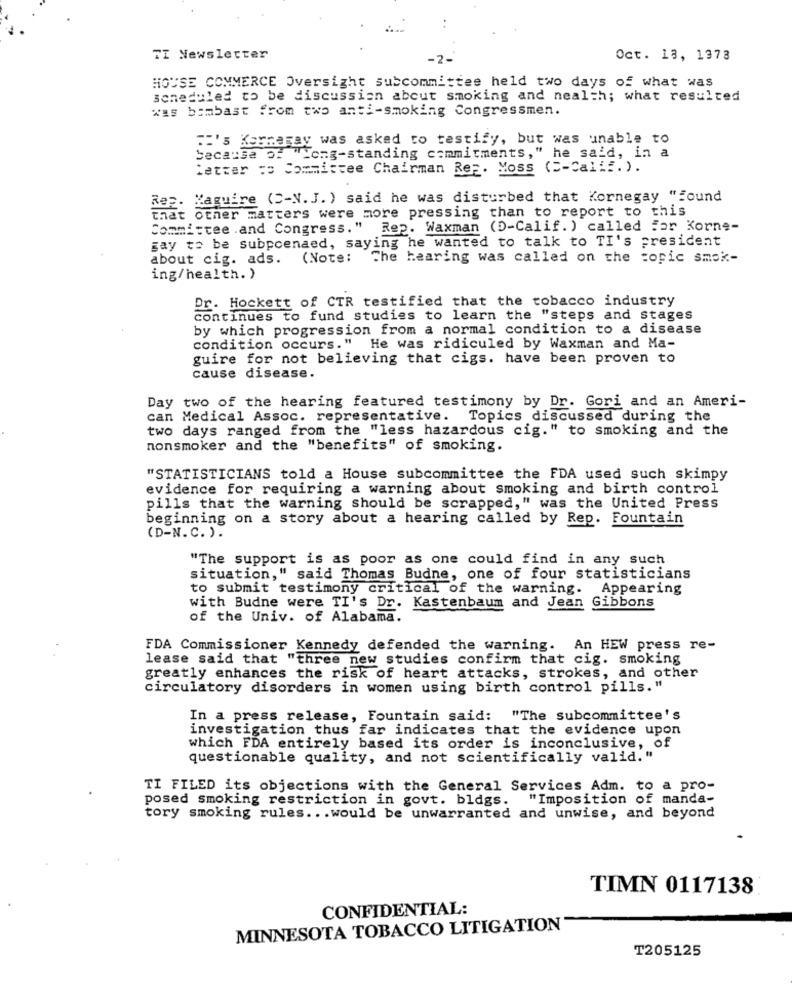
TI Newsletter
Oct. 13, 1373
HOUSE COMMERCE Oversight subcommittee held two days of what was
scheduled to be discussion about smoking and nealth; what resulted
was bombast from two anti-smoking Congressmen.
:'s Karmaray was asked to testify, but was unable to
because of "Long-standing commitments," he said, in a
Letter :o Committee Chairman Rep. Moss ( =- Calif. ).
Reg. Kaguire (C-N.J. ) said he was disturbed that Kornegay "Found
that other matters were more pressing than to report to this
Committee .and Congress." Rep. Waxman (D-Calif. ) called For Korne-
gay to be subpoenaed, saying he wanted to talk to TI's president
about cig. ads.
(Note: The hearing was called on the topic smok-
ing/health.)
Dr. Hockett of CTR testified that the tobacco industry
continues to fund studies to learn the "steps and stages
by which progression from a normal condition to a disease
condition occurs." He was ridiculed by Waxman and Ma-
guire for not believing that cigs. have been proven to
cause disease.
Day two of the hearing featured testimony by Dr. Gori and an Ameri-
can Medical Assoc. representative. Topics discussed during the
two days ranged from the "less hazardous cig." to smoking and the
nonsmoker and the "benefits" of smoking.
"STATISTICIANS told a House subcommittee the FDA used such skimpy
evidence for requiring a warning about smoking and birth control
pills that the warning should be scrapped," was the United Press
beginning on a story about a hearing called by Rep. Fountain
(D-N.C. ).
"The support is as poor as one could find in any such
situation," said Thomas Budne, one of four statisticians
to submit testimony critical of the warning.
Appearing
Gibbons
with Budne were TI's Dr. Kastenbaum and Jean
of the Univ. of Alabama.
FDA Commissioner Kennedy defended the warning. An HEW press re-
lease said that "three new studies confirm that cig. smoking
greatly enhances the risk of heart attacks, strokes, and other
circulatory disorders in women using birth control pills."
In a press release, Fountain said:
"The subcommittee's
investigation thus far indicates that the evidence upon
which FDA entirely based its order is inconclusive, of
questionable quality, and not scientifically valid."
TI FILED its objections with the General Services Adm. to a pro-
posed smoking restriction in govt. bldgs.
" Imposition of manda-
tory smoking rules ... would be unwarranted and unwise, and beyond
TIMN 0117138
CONFIDENTIAL:
MINNESOTA TOBACCO LITIGATION
T205125